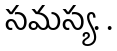
సమస్య. .